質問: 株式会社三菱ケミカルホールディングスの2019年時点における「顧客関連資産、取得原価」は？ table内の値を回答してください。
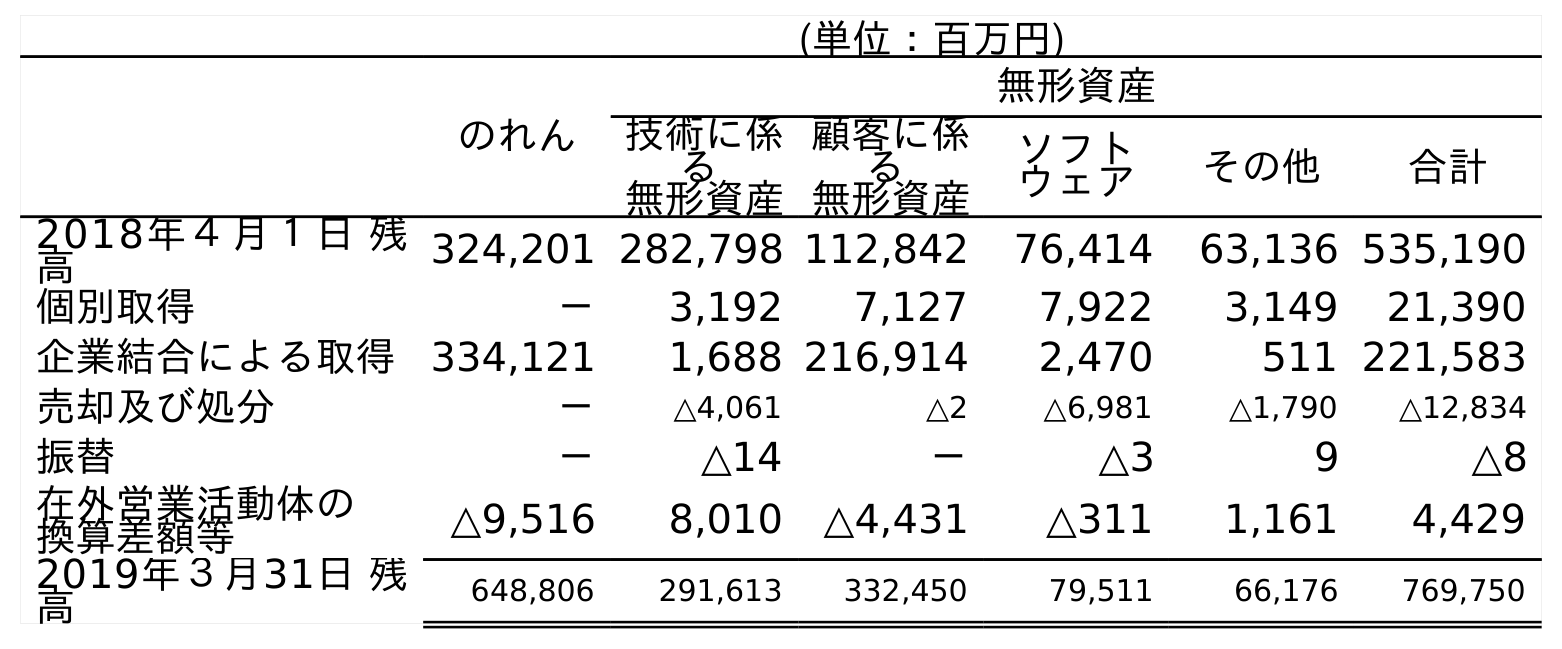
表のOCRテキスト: (単位：百万円) のれん 無形資産 技術に係 る 無形資産 顧客に係 る 無形資産 ソフト ウェア その他 合計 2018年４月１日 残 高 324,201 282,798 112,842 76,414 63,136 535,190 個別取得 － 3,192 7,127 7,922 3,149 21,390 企業結合による取得 334,121 1,688 216,914 2,470 511 221,583 売却及び処分 － △4,061 △2 △6,981 △1,790 △12,834 振替 － △14 － △3 9 △8 在外営業活動体の 換算差額等 △9,516 8,010 △4,431 △311 1,161 4,429 2019年３月31日 残 高 648,806 291,613 332,450 79,511 66,176 769,750
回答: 332,450